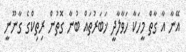
އޭނާ އާ ގާތް މީހަކާ ހަވާލާދީ ޚަބަރުތައް ބުނާ ގޮތުން ރިތިކްގެ ގާނޫނީ